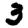
Digit: 3